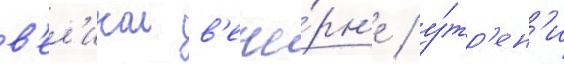
в'ел'икои в'ече́рн'е / у́тр'ен'и